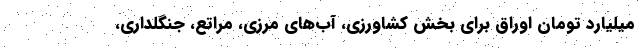
میلیارد تومان اوراق برای بخش کشاورزی، آب‌های مرزی، مراتع، جنگلداری،